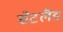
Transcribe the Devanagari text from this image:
सेटलैंड